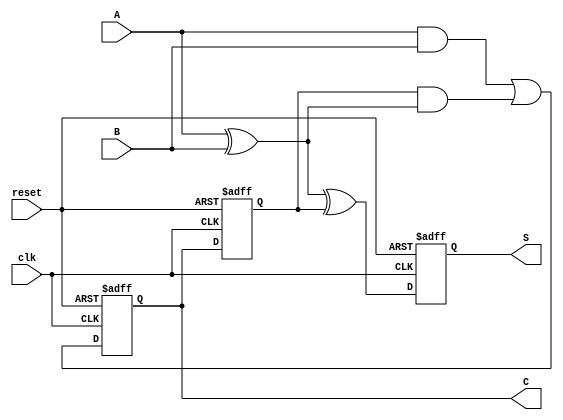
module Sequential_Half_Adder (
    input wire clk,       // Clock signal
    input wire reset,     // Reset signal
    input wire A,        // First input bit
    input wire B,        // Second input bit
    output reg S,        // Sum output
    output reg C         // Carry output
);

    // Internal registers to hold previous sum and carry
    reg prev_sum;
    reg prev_carry;

    // Always block triggered on clock's rising edge
    always @(posedge clk or posedge reset) begin
        if (reset) begin
            // Reset the previous sum and carry to 0
            prev_sum <= 1'b0;
            prev_carry <= 1'b0;
            S <= 1'b0;
            C <= 1'b0;
        end else begin
            // Calculate new sum and carry
            S <= A ^ B ^ prev_carry;  // Current sum: A XOR B XOR previous carry
            C <= (A & B) | (prev_carry & (A ^ B)); // Current carry: (A AND B) OR (previous carry AND (A XOR B))

            // Update previous state
            prev_sum <= S;
            prev_carry <= C;
        end
    end

endmodule